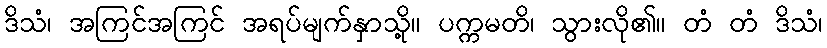
ဒိသံ၊ အကြင်အကြင် အရပ်မျက်နှာသို့။ ပက္ကမတိ၊ သွားလို၏။ တံ တံ ဒိသံ၊